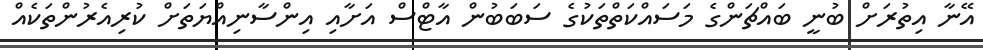
އޭނާ އިތުރަށް ބުނީ ބައްޗަންގެ މަސައްކަތްތަކުގެ ސަބަބުން އާޓްސް އަށާއި އިންސާނިއްޔަތަށް ކުރިއެރުންތަކެއް